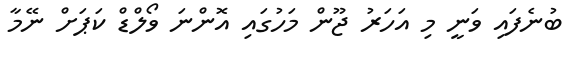
ބުނެފައި ވަނީ މި އަހަރު ޖޫން މަހުގައި އޮންނަ ވޯލްޑް ކަޕަށް ނޭމާ